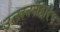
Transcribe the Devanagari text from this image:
उत्खननाद्वारेच